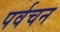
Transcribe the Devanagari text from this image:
पर्वचन